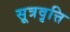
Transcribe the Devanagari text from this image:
सूत्रवृत्ति